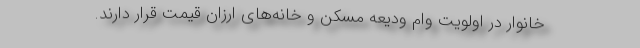
خانوار در اولویت وام ودیعه مسکن و خانه‌های ارزان قیمت قرار دارند.